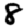
Digit: 8